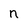
Character: n